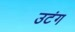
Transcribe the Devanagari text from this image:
उटंग